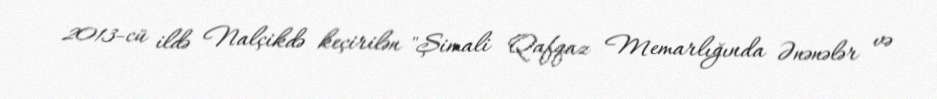
2013-cü ildə Nalçikdə keçirilən "Şimali Qafqaz Memarlığında Ənənələr və